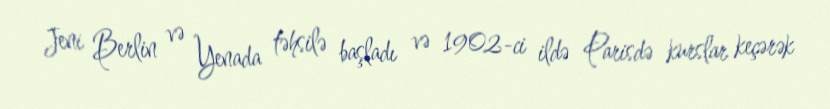
Jeni Berlin və Yenada təhsilə başladı və 1902-ci ildə Parisdə kurslar keçərək